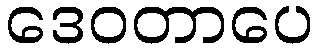
ဒေဝတာပေ